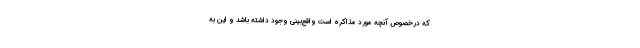
که درخصوص آنچه مورد مذاکره است واقع‌بینی وجود داشته باشد و این به